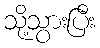
သို့သွားပြီး